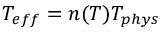
T _ { e f f } = n ( T ) T _ { p h y s }